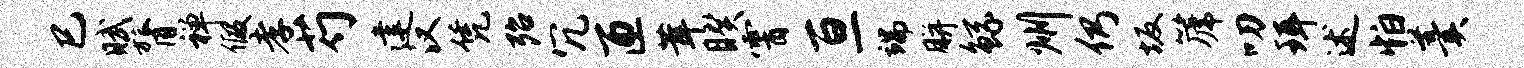
巳赋膂禅假孝芍建汉凭殆冗匝茸睽霄亘端胼鲧州仍坂篪叨珥述怕羹